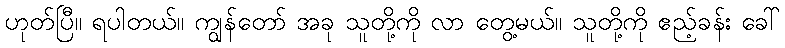
ဟုတ်ပြီ။ ရပါတယ်။ ကျွန်တော် အခု သူတို့ကို လာ တွေ့မယ်။ သူတို့ကို ဧည့်ခန်း ခေါ်